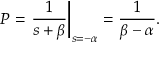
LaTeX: P = \left. { \frac { 1 } { s + \beta } } \right| _ { s = - \alpha } = { \frac { 1 } { \beta - \alpha } } .